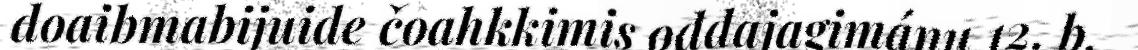
doaibmabijuide čoahkkimis ođđajagimánu 12. b.